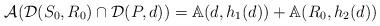
LaTeX: \begin{align*} \mathcal{A}( \mathcal{D}(S_0, R_0) \cap \mathcal{D}(P, d) ) = \mathbb{A}(d, h_1(d)) + \mathbb{A}(R_0, h_2(d))\end{align*}